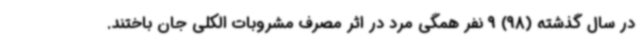
در سال گذشته (98) 9 نفر همگی مرد در اثر مصرف مشروبات الکلی جان باختند.